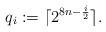
LaTeX: \begin{align*}q_{i}:=\lceil 2^{8n-\frac{i}{2}}\rceil.\end{align*}